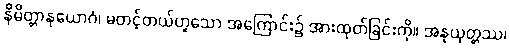
နိမိတ္တာနုယောဂံ၊ မတင့်တယ်ဟူသော အကြောင်း၌ အားထုတ်ခြင်းကို။ အနုယုတ္တဿ၊